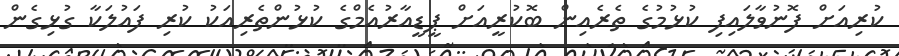
ކުރިއަށް ފޮނުވާލައިފި ކުޅުމުގެ ތެރެއިން ބޮކުރީއަށް ޕީޑީއާރުއެމްގެ ކުޅުންތެރިއަކު ކުރި ފައުލަކާ ގުޅިގެން